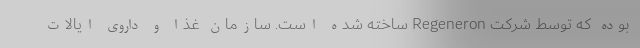
بوده که توسط شرکت Regeneron ساخته شده است. سازمان غذا و داروی ایالات